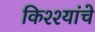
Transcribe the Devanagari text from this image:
किश्श्यांचे